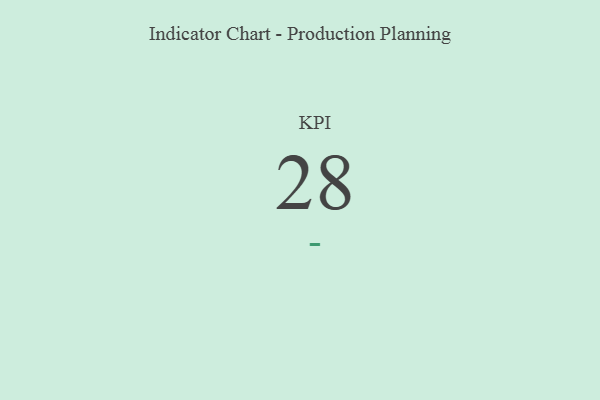
{"axis": {"x": "KPI", "y": "Value"}, "legend": [""], "data": [{"x": "KPI", "y": 28, "type": ""}]}